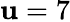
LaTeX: \mathbf{u}=7